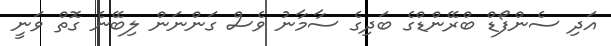
އަދި ސެންފޯޑް ބްރޭންޑްގެ ބަދިގެ ސާމާނު ވެސް ގަންނަން ލިބޭނެ ގޮތް ވަނީ